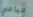
ميامي